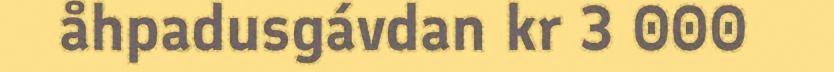
åhpadusgávdan kr 3 000